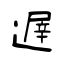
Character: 遟